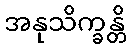
အနုသိက္ခန္တိ